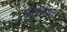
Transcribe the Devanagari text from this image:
क्वर्टल